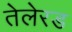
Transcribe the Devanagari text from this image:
तेलेरड